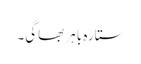
ستارہ باہر بھاگی۔